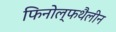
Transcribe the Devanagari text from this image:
फिनोल्फथैलीन